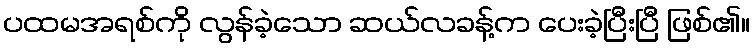
ပထမအရစ်ကို လွန်ခဲ့သော ဆယ်လခန့်က ပေးခဲ့ပြီးပြီ ဖြစ်၏။